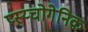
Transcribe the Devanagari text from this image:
प्स्य्चोगेनिक